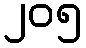
၂၀၅